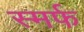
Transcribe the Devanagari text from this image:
स्मर्फ